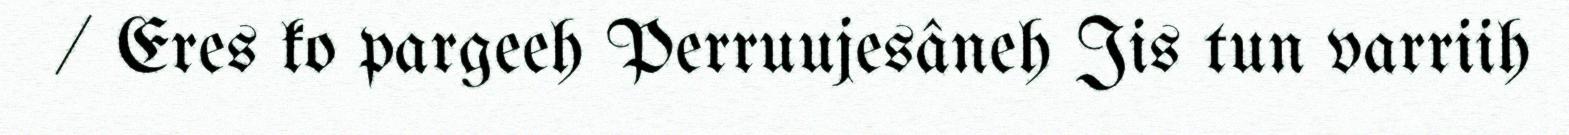
/ Eres ko pargeeh Perruujesâneh Jis tun varriih